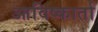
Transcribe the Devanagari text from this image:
आविष्कार्ता